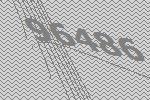
96486